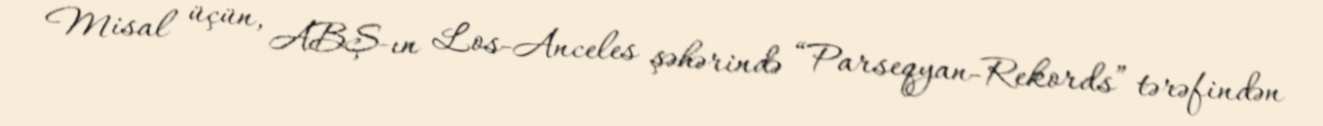
Misal üçün, ABŞ-ın Los-Anceles şəhərində “Parseqyan-Rekords” tərəfindən